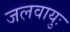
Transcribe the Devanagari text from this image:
जलवायुः